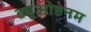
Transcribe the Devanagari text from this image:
ड्यूओडेनम